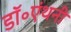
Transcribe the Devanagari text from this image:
डॉ॰एंथनी